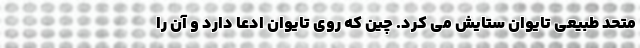
متحد طبیعی تایوان ستایش می کرد. چین که روی تایوان ادعا دارد و آن را